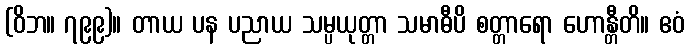
(ဝိဘ။ ၇၉၉)။ တာယ ပန ပညာယ သမ္ပယုတ္တာ သမာဓီပိ စတ္တာရော ဟောန္တီတိ။ ဧဝံ